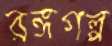
রঙ্গগল্প